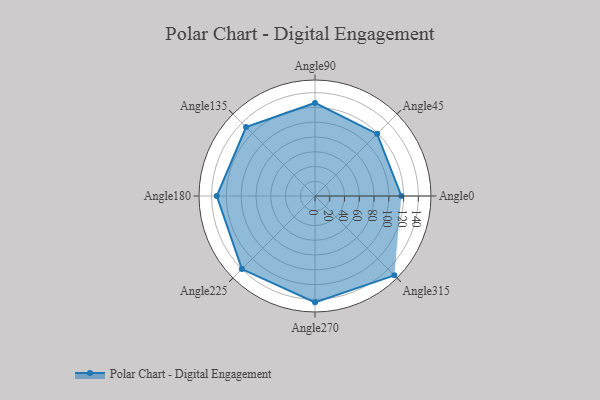
{"axis": {"x": "Angle", "y": "Radius"}, "legend": [""], "data": [{"x": "Angle0", "y": 117.0, "type": ""}, {"x": "Angle45", "y": 119.0, "type": ""}, {"x": "Angle90", "y": 126.0, "type": ""}, {"x": "Angle135", "y": 132.0, "type": ""}, {"x": "Angle180", "y": 133.0, "type": ""}, {"x": "Angle225", "y": 140.0, "type": ""}, {"x": "Angle270", "y": 144.0, "type": ""}, {"x": "Angle315", "y": 152.0, "type": ""}]}